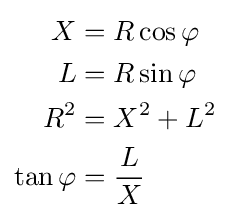
\scriptstyle {\begin{aligned}X&=R\cos \varphi \\L&=R\sin \varphi \\R^{2}&=X^{2}+L^{2}\\\tan \varphi &={\frac {L}{X}}\end{aligned}}